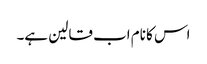
اس کا نام اب قالین ہے۔